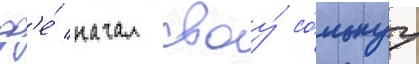
др'е́ начал своу́ со́льнуу